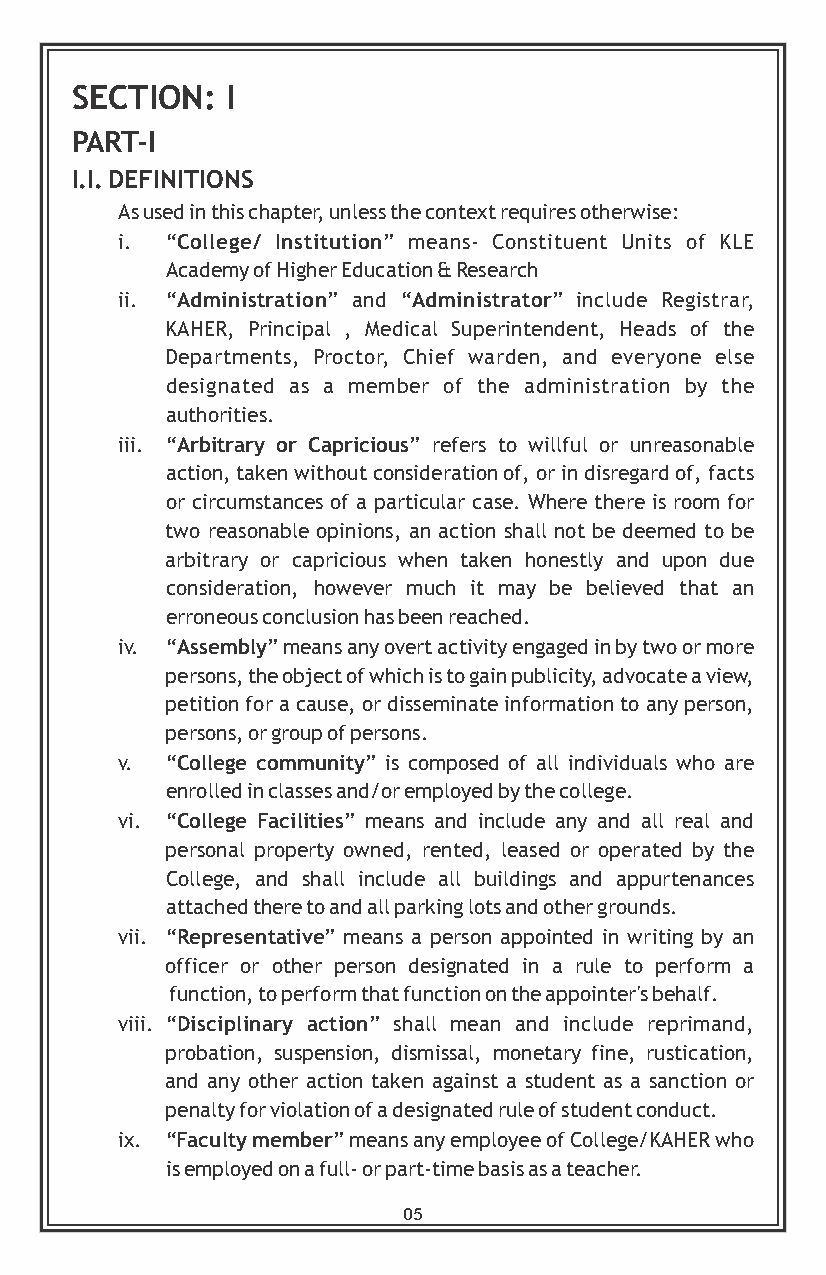
SECTION:  I
 PART-I
 I.I. DEFINITIONS
 As used in this chapter, unless the context requires otherwise:
 i. “College/ Institution” means- Constituent Units of KLE
 Academy of Higher Education & Research
 ii. “Administration” and “Administrator” include Registrar,
 KAHER, Principal , Medical Superintendent, Heads of the
 Departments, Proctor, Chief warden, and everyone else
 designated as a member of the administration by the
 authorities.
 iii. “Arbitrary or Capricious” refers to willful or unreasonable
 action, taken without consideration of, or in disregard of, facts
 or circumstances of a particular case. Where there is room for
 two reasonable opinions, an action shall not be deemed to be
 arbitrary or capricious when taken honestly and upon due
 consideration, however much it may be believed that an
 erroneous conclusion has been reached.
 iv. “Assembly” means any overt activity engaged in by two or more
 persons, the object of which is to gain publicity, advocate a view,
 petition for a cause, or disseminate information to any person,
 persons, or group of persons.
 v. “College community” is composed of all individuals who are
 enrolled in classes and/or employed by the college.
 vi. “College Facilities” means and include any and all real and
 personal property owned, rented, leased or operated by the
 College, and shall include all buildings and appurtenances
 attached there to and all parking lots and other grounds.
 vii. “Representative” means a person appointed in writing by an
 officer or other person designated in a rule to perform a
 function, to perform that function on the appointer's behalf.
 viii. “Disciplinary action” shall mean and include reprimand,
 probation, suspension, dismissal, monetary fine, rustication,
 and any other action taken against a student as a sanction or
 penalty for violation of a designated rule of student conduct.
 ix. “Faculty member” means any employee of College/KAHER who
 is employed on a full- or part-time basis as a teacher.
 05